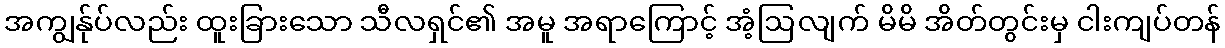
အကျွန်ုပ်လည်း ထူးခြားသော သီလရှင်၏ အမူ အရာကြောင့် အံ့ဩလျက် မိမိ အိတ်တွင်းမှ ငါးကျပ်တန်